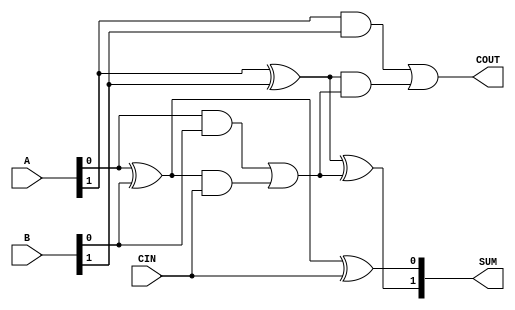
`timescale 1ns / 1ps

////////////////////////////////////////////////////////////////////////////////
// Company: The College of New Jersey
//
// Module Name:	  Look Ahead Adder Signal Module Implementation
// Project Name:  Physical Carry Look Ahead Adder
////////////////////////////////////////////////////////////////////////////////

module physci (

	// Inputs
	input [1:0] A,
	input [1:0] B,
	input CIN,
	
	// Outputs
	output [1:0] SUM,
	output COUT
	);
	
	// Defined wires attached to gates
	wire [1:0] P;
	wire [1:0] G;
	wire [1:0] T;
	wire C;
	
	// Assigning AND, OR, and XOR Gates
	// Pattern: GATE_INDENTIFIER (OUTPUT, INPUT1, INPUT2),
	and #1
		A1 (G[0], A[0], B[0]),
		A2 (G[1], A[1], B[1]),
		A3 (T[0], P[0], CIN),
		A4 (T[1], P[1], C);
	or #1
		O1 (C, G[0], T[0]),
		O2 (COUT, G[1], T[1]);
	xor #1
		X1 (P[0], A[0], B[0]),
		X2 (P[1], A[1], B[1]),
		X3 (SUM[0], P[0], CIN),
		X4 (SUM[1], P[1], C);
		
endmodule